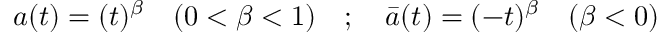
a ( t ) = ( t ) ^ { \beta } \quad ( 0 < \beta < 1 ) \quad ; \quad \bar { a } ( t ) = ( - t ) ^ { \beta } \quad ( \beta < 0 )